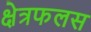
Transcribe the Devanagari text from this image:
क्षेत्रफलस